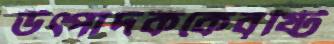
উত্পাদককেবৃষ্টি